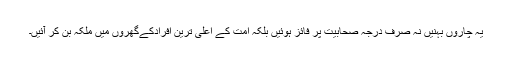
یہ چاروں بہنیں نہ صرف درجہ صحابیت پر فائز ہوئیں بلکہ امت کے اعلیٰ ترین افرادکےگھروں میں ملکہ بِن کر آئیں۔